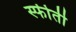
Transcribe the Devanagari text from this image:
स्फीर्ती